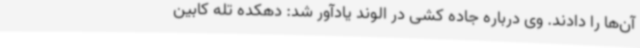
آن‌ها را دادند. وی درباره جاده کشی در الوند یادآور شد: دهکده تله کابین